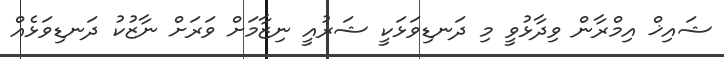
ޝައިޚް އިމްރާން ވިދާޅުވީ މި ދަނޑިވަޅަކީ ޝަރުއީ ނިޒާމަށް ވަރަށް ނާޒުކު ދަނޑިވަޅެއް